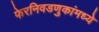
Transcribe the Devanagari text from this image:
फेरनिवडणुकांमध्ये